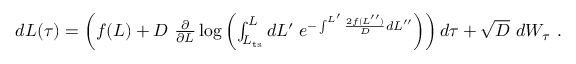
\begin{array} { r } { d L ( \tau ) = \left( f ( L ) + D \ \frac { \partial } { \partial L } \log \left( \int _ { L _ { \mathrm { t s } } } ^ { L } d L ^ { \prime } \; e ^ { - \int ^ { L ^ { \prime } } \frac { 2 f ( L ^ { \prime \prime } ) } { D } d L ^ { \prime \prime } } \right) \right) d \tau + \sqrt { D } \ d W _ { \tau } \ . } \end{array}